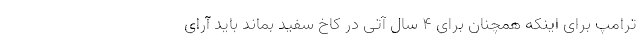
ترامپ برای اینکه همچنان برای 4 سال آتی در کاخ سفید بماند باید آرای